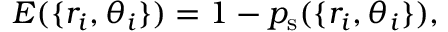
E ( \{ r _ { i } , \theta _ { i } \} ) = 1 - p _ { \mathrm { s } } ( \{ r _ { i } , \theta _ { i } \} ) ,